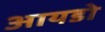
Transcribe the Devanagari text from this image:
आयडो